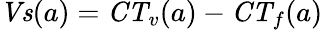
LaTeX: {\mathit{Vs}}(a)={\mathit{CT}}_{v}(a)-{\mathit{CT}}_{f}(a)